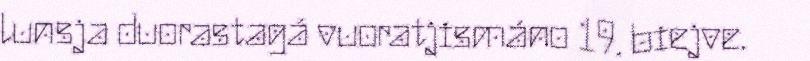
lunsja duorastagá vuoratjismáno 19. biejve.